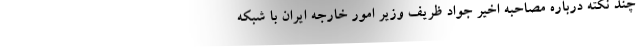
چند نکته درباره مصاحبه اخیر جواد ظریف وزیر امور خارجه ایران با شبکه